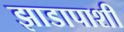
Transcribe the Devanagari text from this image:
झाडापाशी